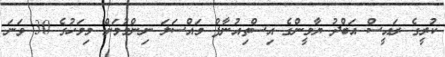
ކުރީގެ ރައީސް އަބްދު ޔާމީންގެ އިސްތިއުނާފް މައްސަލަ ނިންމުމަށް މިމަހުގެ 30 ވަނަ